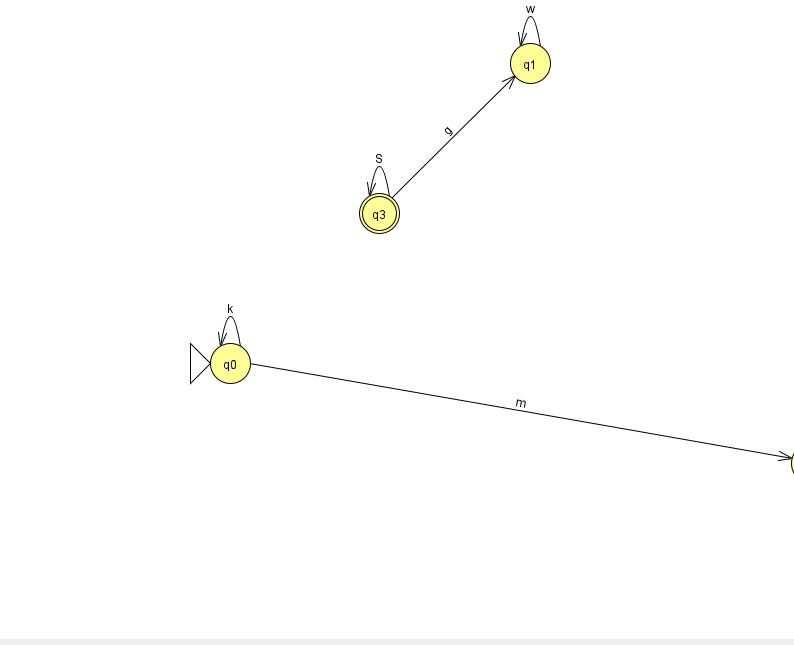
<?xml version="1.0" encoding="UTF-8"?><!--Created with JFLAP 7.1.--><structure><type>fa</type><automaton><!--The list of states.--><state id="0" name="q0"><x>230.0</x><y>350.0</y><initial/></state><state id="1" name="q1"><x>530.0</x><y>50.0</y></state><state id="2" name="q2"><x>811.0</x><y>450.0</y></state><state id="3" name="q3"><x>379.0</x><y>200.0</y><final/></state><!--The list of transitions.--><transition><from>3</from><to>1</to><read>g</read></transition><transition><from>3</from><to>3</to><read>S</read></transition><transition><from>1</from><to>1</to><read>w</read></transition><transition><from>0</from><to>0</to><read>k</read></transition><transition><from>0</from><to>2</to><read>m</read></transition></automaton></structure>